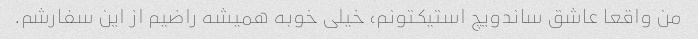
من واقعا عاشق ساندویچ استیکتونم، خیلی خوبه همیشه راضیم از این سفارشم.